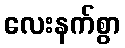
လေးနက်စွာ